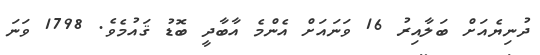
ދުނިޔެއަށް ބަލާއިރު 16 ވަނައަށް އެންމެ އާބާދީ ބޮޑު ޤައުމެވެ. 1798 ވަނަ